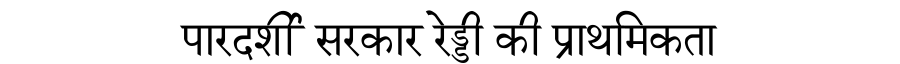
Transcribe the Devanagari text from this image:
पारदर्शी सरकार रेड्डी की प्राथमिकता